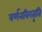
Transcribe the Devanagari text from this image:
वर्णनविस्तृति